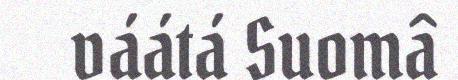
váátá Suomâ